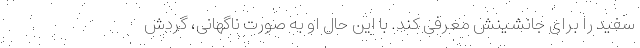
سفید را برای جانشینش معرفی کند. با این حال او به صورت ناگهانی، گردش